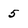
Character: 5